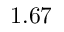
1 . 6 7